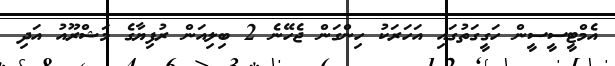
އެމްޓީސީސީން ހަގީގަތުގައި އަހަރަކު ހިންގަން ޖެހޭނެ 2 ބިލިއަން ރުފިޔާގެ މަޝްރޫއު އަދި